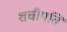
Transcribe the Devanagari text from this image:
शचीपति